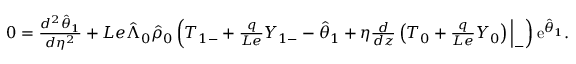
\begin{array} { r } { 0 = \frac { d ^ { 2 } \hat { \theta } _ { 1 } } { d \eta ^ { 2 } } + L e \hat { \Lambda } _ { 0 } \hat { \rho } _ { 0 } \left( { T } _ { 1 - } + \frac { q } { L e } { Y } _ { 1 - } - \hat { \theta } _ { 1 } + \eta \frac { d } { d z } \left( { T } _ { 0 } + \frac { q } { L e } { Y } _ { 0 } \right) \Big | _ { - } \right) \mathrm { e } ^ { \hat { \theta } _ { 1 } } . } \end{array}